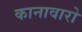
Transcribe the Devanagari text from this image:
कानावारो